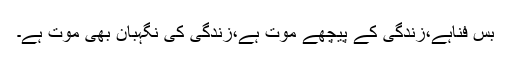
بس فناہے،زندگی کے پیچھے موت ہے،زندگی کی نگہبان بھی موت ہے۔